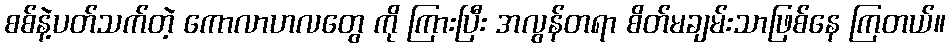
စစ်နဲ့ပတ်သက်တဲ့ ကောလာဟလတွေ ကို ကြားပြီး အလွန်တရာ စိတ်မချမ်းသာဖြစ်နေ ကြတယ်။